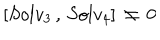
\left[ S o l v _ { 3 } \, , \, S o l v _ { 4 } \right] \, \ne \, 0